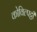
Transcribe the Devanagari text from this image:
कोविल्पट्टी